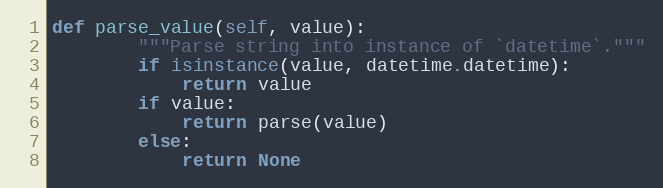
Language: Python
def parse_value(self, value):
        """Parse string into instance of `datetime`."""
        if isinstance(value, datetime.datetime):
            return value
        if value:
            return parse(value)
        else:
            return None